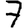
Digit: 7